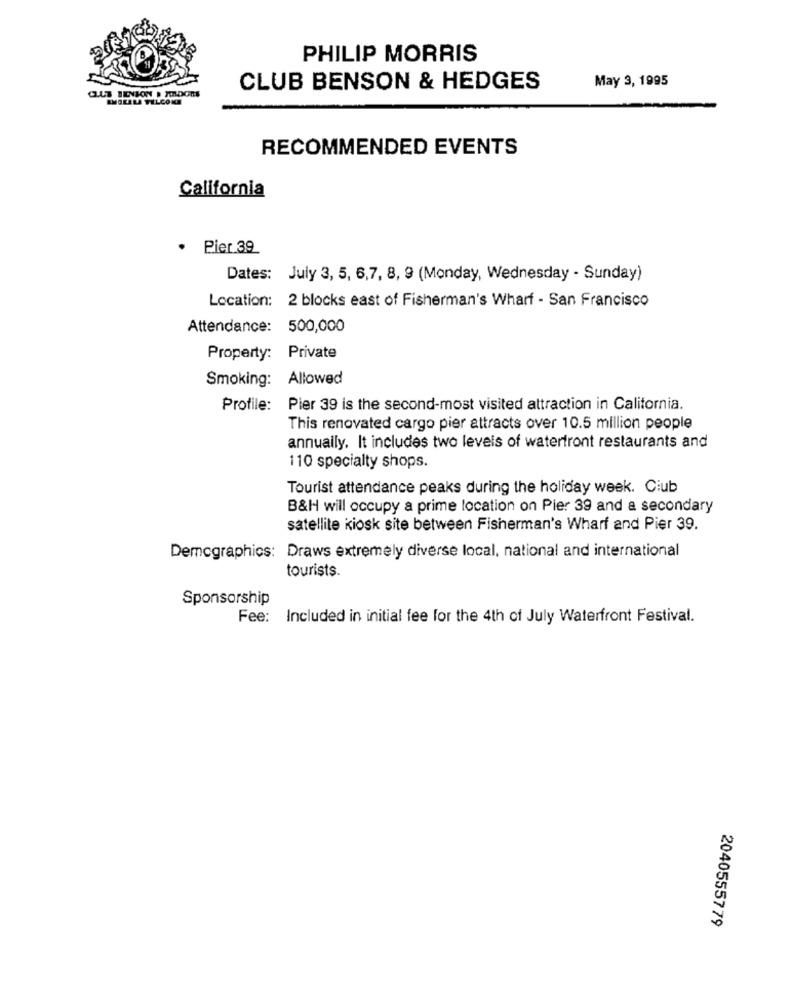
PHILIP MORRIS
May 3, 1995
CLUB BENSON & HEDGES
RECOMMENDED EVENTS
California
. Pier 39
Dates: July 3, 5, 6,7, 8, 9 (Monday, Wednesday - Sunday)
Location: 2 blocks east of Fisherman's Wharf - San Francisco
Attendance: 500,000
Property: Private
Smoking: Allowed
Profile: Pier 39 is the second-most visited attraction in California.
This renovated cargo pier attracts over 10.5 million people
annually. It includes two levels of waterfront restaurants and
110 specialty shops.
Tourist attendance peaks during the holiday week. Ciub
B&H will occupy a prime location on Pier 39 and a secondary
satellite kiosk site between Fisherman's Wharf and Pier 39.
Demographics: Draws extremely diverse local, national and international
tourists.
Sponsorship
Fee: Included in initial fee for the 4th of July Waterfront Festival.
2040555779